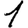
Digit: 1